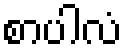
စာပါလံ